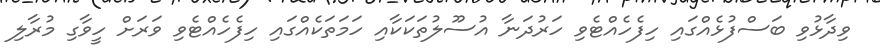
ވިދާޅުވި ބަސްފުޅެއްގައި ހިފެހެއްޓެވި ހަރުދަނާ އުސޫލުތަކަކާއި ހަމަތަކެއްގައި ހިފެހެއްޓެވި ވަރަށް ހީވާގި މުރާލި